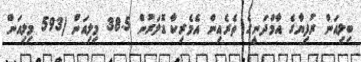
ބިލިއަން ރުފިޔާގެ އާމްދަނީގެ ތެރެއިން އެމެރިކާ ޑޮލަރުން 38.5 މިލިއަން (593 މިލިއަން